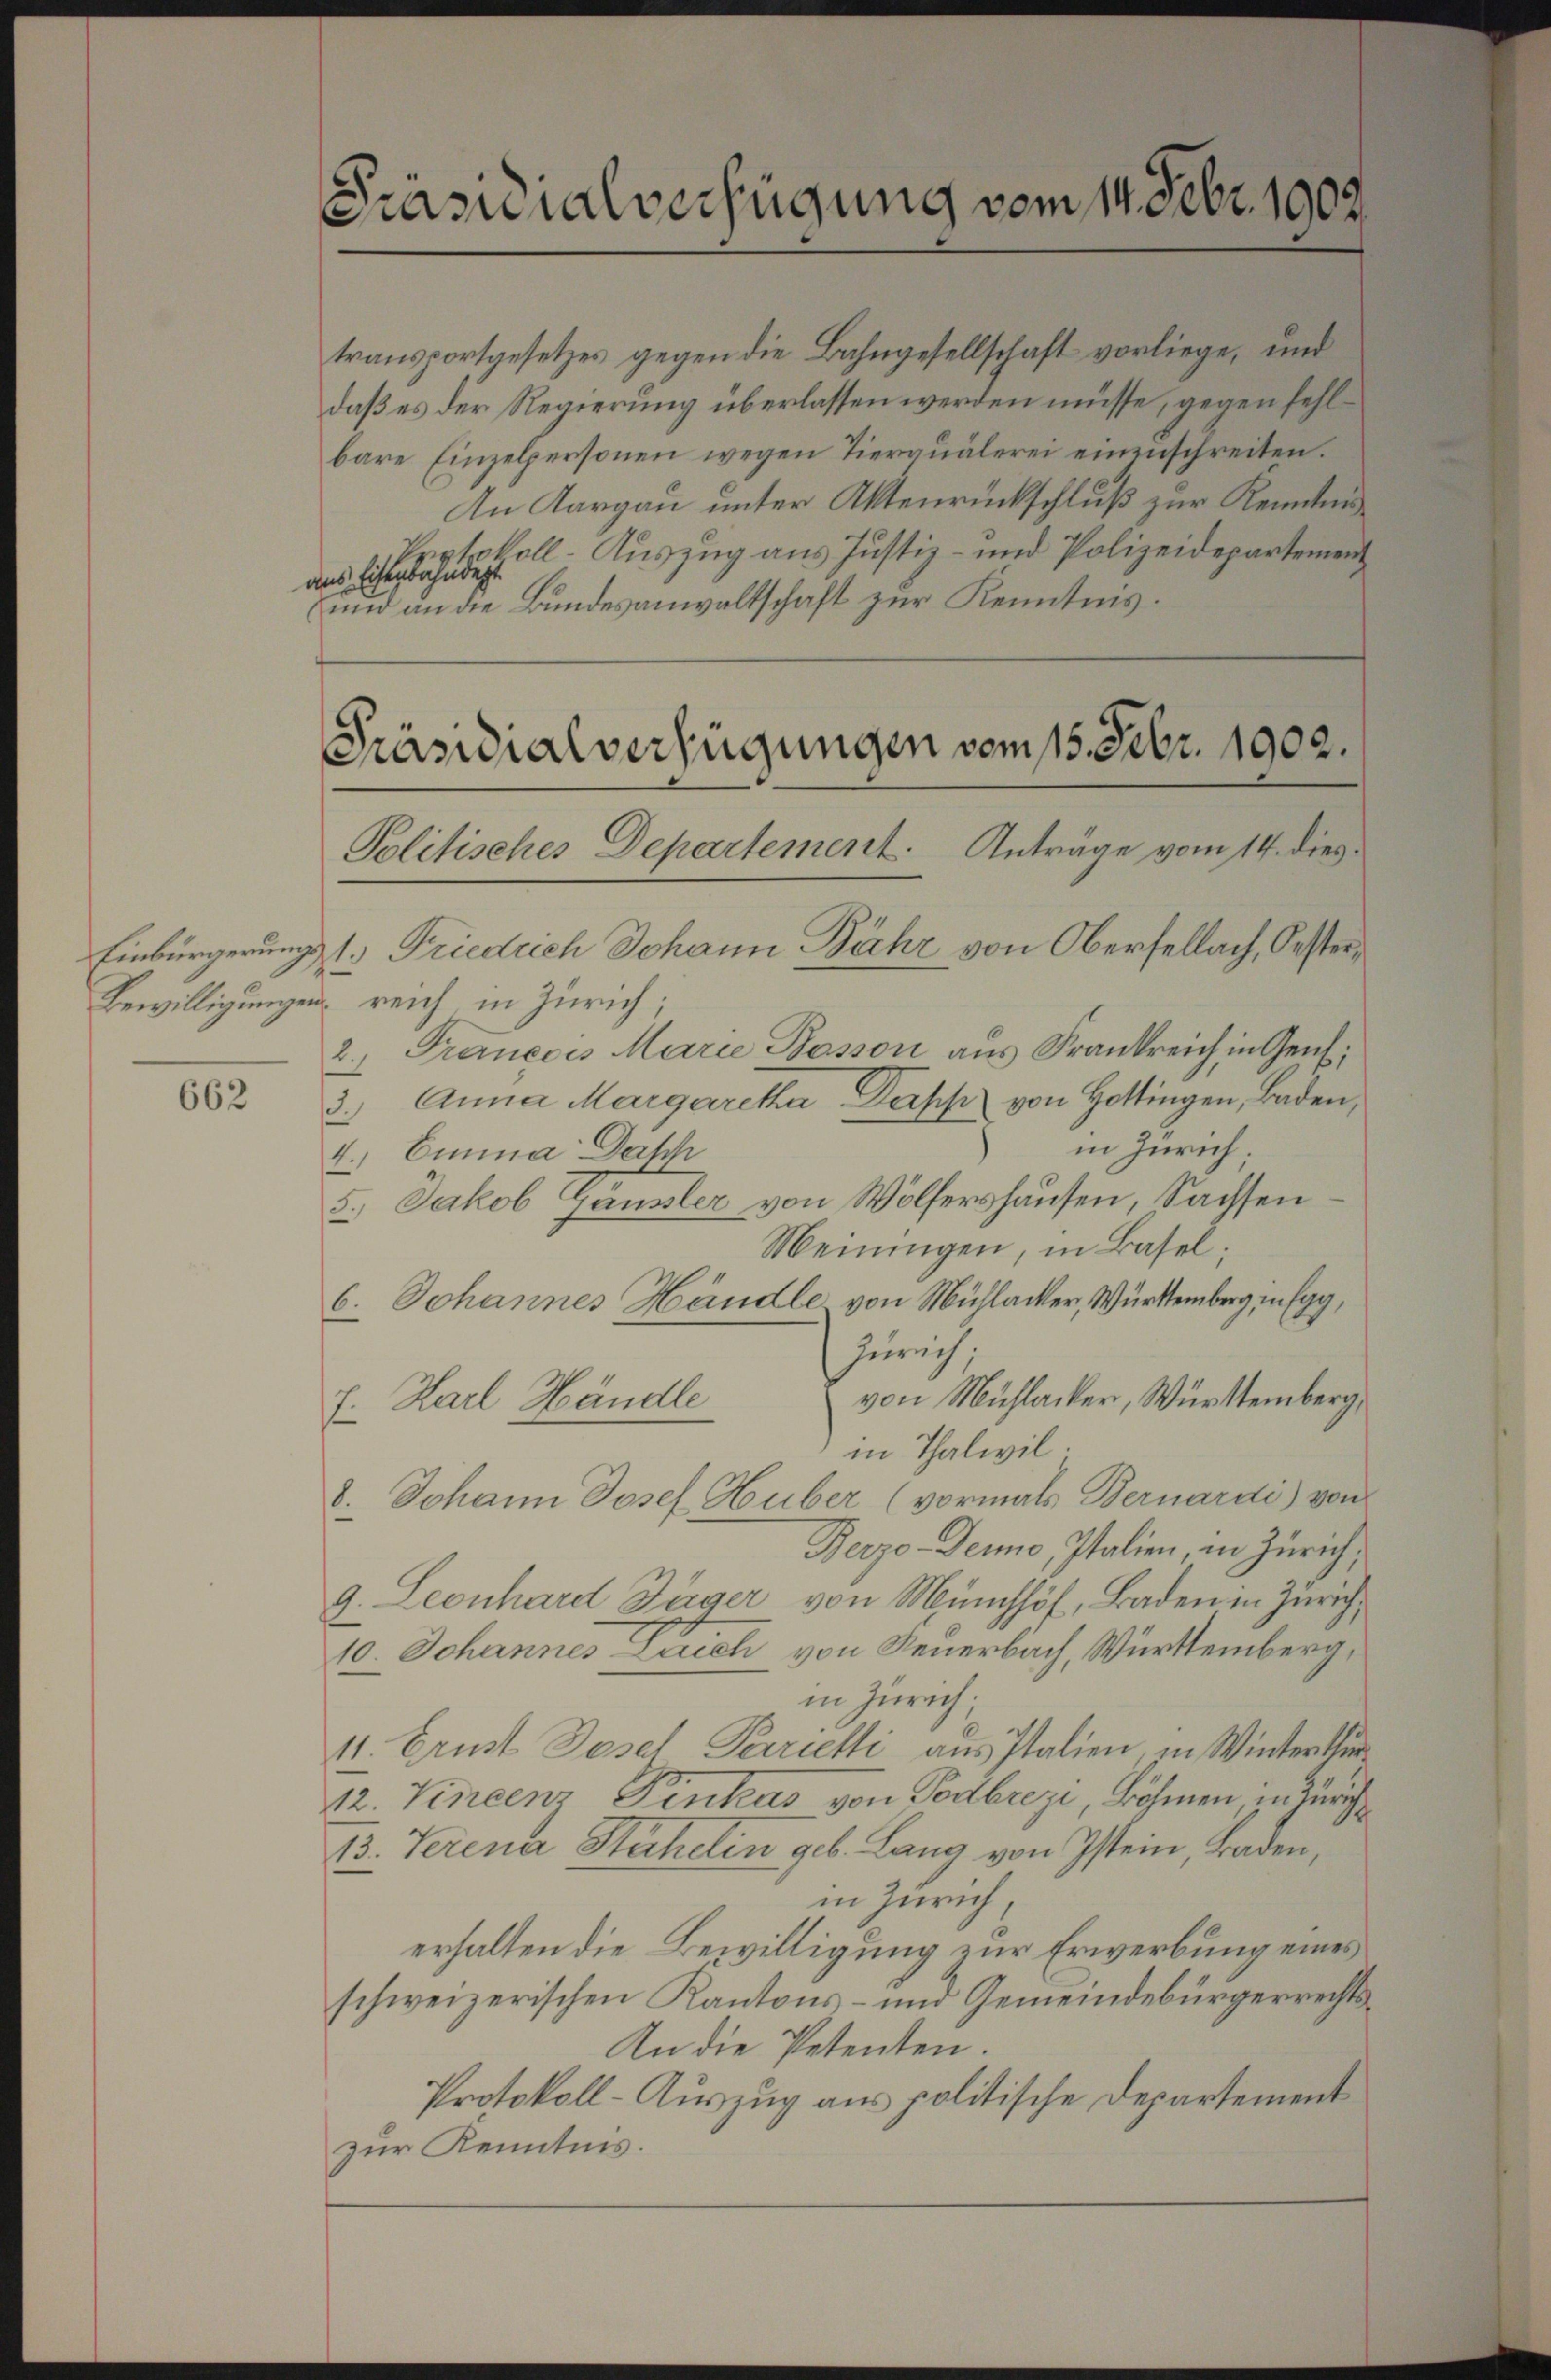
662

Präsidialverfügung vom 14. Febr. 1902.

transportgesetzes gegen die Bahngesellschaft vorliege, und
daß es der Regierung überlassen werden müsse, gegen fehlbare Einzelpersonen wegen Tierquälerei einzuschreiten.
An Aargau unter Aktenrückschluß zur Kenntnis¬
Protokoll- Auszug aus Justiz- und Polizeidepartement
ans Eisenbahndet.
und an die Bundesanwaltschaft zur Kenntnis.

Präsidialverfügungen vom 15. Febr. 1902.

Politisches Departement. Anträge vom 14. dies
Einbürgerung 1. Friedrich Johann Behr von Obersellach, Oester
Bewilligungen reich, in Zürich;
2) Francois Marie Bosson aus Frankreich in Genf,
3.) Anna Margaretha Dapp von Hottingen, Baden,
in Zürich
4.) Einna Dahh
3.) Jakob Gänsler von Wölfershausen, Sachsen
Meiningen, in Basel;
6. Johannes Händle von Mühlacker, Württemberg in Egg,
Zürich.
7. Karl Händle von Mühlacker, Württemberg,
in Thalwil.
8. Johann Josef Huber (vormals Bernardi) von
Berzo-Deune, Italien, in Zürich;
9. Leonhard Jäger von Münchhof, Baden in Zürich,
10. Johannes Zürich von Feuerbach, Württemberg,
in Zürich.
11. Brust Gesel Terrietti aus Italien in Winterthur
12. Vincenz Prukas von Todbrezi, Böhmen, in Zürich
13. Verena Stähelin geb. Lang von Istein, Baden,
in Zürich,
erhalten die Bewilligung zur Erwerbung eines
schweizerischen Kantons- und Gemeindebürgerrechts¬
An die Petenten.
Protokoll-Auszug aus politische Departement
zur Kenntnis.